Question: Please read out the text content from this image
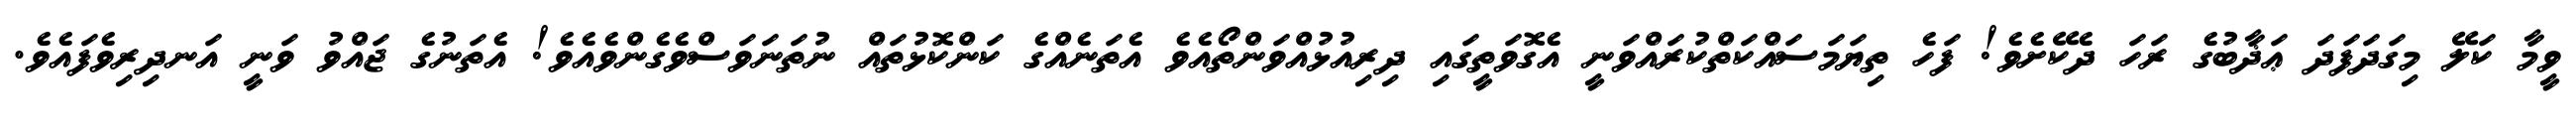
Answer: ވީމާ ކަލޭ މިގަދަފަދަ ޢަޛާބުގެ ރަހަ ދެކޭށެވެ! ފަހެ ތިޔަމަސައްކަތްކުރައްވަނީ އެގޮވަތީގައި ދިރިއުޅުއްވަންތޯއެވެ އެތަނެއްގެ ކަންކޮޅުތައް ނުތަނަވަސްވެގެންވެއެވެ! އެތަނުގެ ޖައްވު ވަނީ އަނދިރިވެފައެވެ.